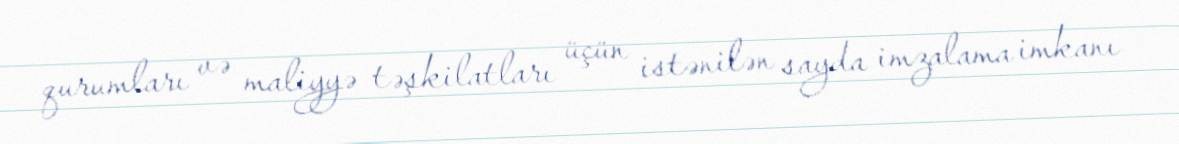
qurumları və maliyyə təşkilatları üçün istənilən sayda imzalama imkanı